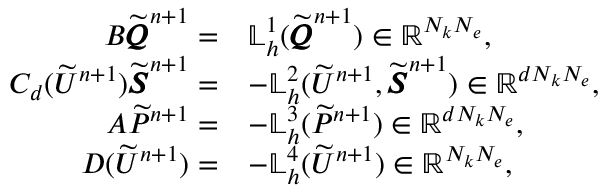
\begin{array} { r l } { B \widetilde { \pmb { Q } } ^ { n + 1 } = } & { \mathbb { L } _ { h } ^ { 1 } ( \widetilde { \pmb { Q } } ^ { n + 1 } ) \in \mathbb { R } ^ { N _ { k } N _ { e } } , } \\ { C _ { d } ( \widetilde { U } ^ { n + 1 } ) \widetilde { \pmb { S } } ^ { n + 1 } = } & { - \mathbb { L } _ { h } ^ { 2 } ( \widetilde { U } ^ { n + 1 } , \widetilde { \pmb { S } } ^ { n + 1 } ) \in \mathbb { R } ^ { d N _ { k } N _ { e } } , } \\ { A \widetilde { P } ^ { n + 1 } = } & { - \mathbb { L } _ { h } ^ { 3 } ( \widetilde { P } ^ { n + 1 } ) \in \mathbb { R } ^ { d N _ { k } N _ { e } } , } \\ { D ( \widetilde { U } ^ { n + 1 } ) = } & { - \mathbb { L } _ { h } ^ { 4 } ( \widetilde { U } ^ { n + 1 } ) \in \mathbb { R } ^ { N _ { k } N _ { e } } , } \end{array}